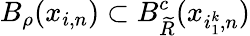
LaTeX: B_{\rho}(x_{i,n})\subset B_{\widetilde R}^{c}(x_{i_{1}^{k},n})